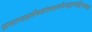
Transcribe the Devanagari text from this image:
प्रमाणप्रमेयसंशयप्रयोजनदृष्टान्तसिद्धान्तावयवतर्क